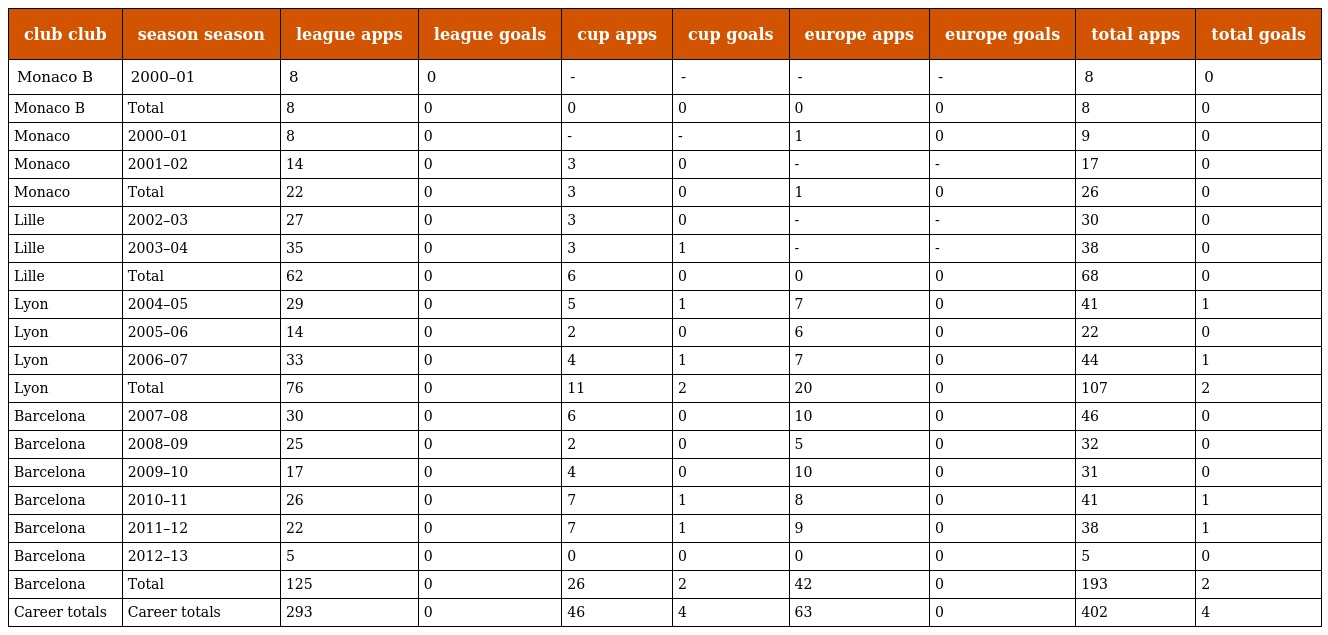
| club club | season season | league apps | league goals | cup apps | cup goals | europe apps | europe goals | total apps | total goals |
 | --- | --- | --- | --- | --- | --- | --- | --- | --- | --- |
 | Monaco B | 2000–01 | 8 | 0 | - | - | - | - | 8 | 0 |
 | Monaco B | Total | 8 | 0 | 0 | 0 | 0 | 0 | 8 | 0 |
 | Monaco | 2000–01 | 8 | 0 | - | - | 1 | 0 | 9 | 0 |
 | Monaco | 2001–02 | 14 | 0 | 3 | 0 | - | - | 17 | 0 |
 | Monaco | Total | 22 | 0 | 3 | 0 | 1 | 0 | 26 | 0 |
 | Lille | 2002–03 | 27 | 0 | 3 | 0 | - | - | 30 | 0 |
 | Lille | 2003–04 | 35 | 0 | 3 | 1 | - | - | 38 | 0 |
 | Lille | Total | 62 | 0 | 6 | 0 | 0 | 0 | 68 | 0 |
 | Lyon | 2004–05 | 29 | 0 | 5 | 1 | 7 | 0 | 41 | 1 |
 | Lyon | 2005–06 | 14 | 0 | 2 | 0 | 6 | 0 | 22 | 0 |
 | Lyon | 2006–07 | 33 | 0 | 4 | 1 | 7 | 0 | 44 | 1 |
 | Lyon | Total | 76 | 0 | 11 | 2 | 20 | 0 | 107 | 2 |
 | Barcelona | 2007–08 | 30 | 0 | 6 | 0 | 10 | 0 | 46 | 0 |
 | Barcelona | 2008–09 | 25 | 0 | 2 | 0 | 5 | 0 | 32 | 0 |
 | Barcelona | 2009–10 | 17 | 0 | 4 | 0 | 10 | 0 | 31 | 0 |
 | Barcelona | 2010–11 | 26 | 0 | 7 | 1 | 8 | 0 | 41 | 1 |
 | Barcelona | 2011–12 | 22 | 0 | 7 | 1 | 9 | 0 | 38 | 1 |
 | Barcelona | 2012–13 | 5 | 0 | 0 | 0 | 0 | 0 | 5 | 0 |
 | Barcelona | Total | 125 | 0 | 26 | 2 | 42 | 0 | 193 | 2 |
 | Career totals | Career totals | 293 | 0 | 46 | 4 | 63 | 0 | 402 | 4 |